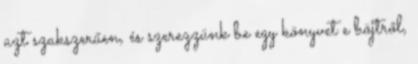
azt szakszerűen, és szerezzünk be egy könyvet e böjtről,